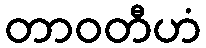
တာဝတီဟံ